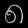
Digit: ၈